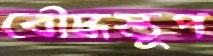
বৌদ্ধস্তূপ